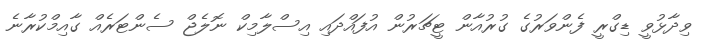
ވިދާޅުވީ ޑިގްރީ ފެންވަރުގެ ގުރުއާން ޓީޗަރުން އުފައްދައި އިސްލާމިކް ނޮލެޖް ސެންޓަރެއް ގާއިމްކުރާނެ